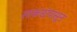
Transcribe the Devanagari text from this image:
लाकडांपासून